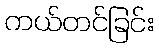
ကယ်တင်ခြင်း